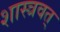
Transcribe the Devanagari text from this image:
शास्त्रवत्‌